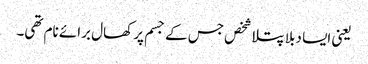
یعنی ایسا دبلا پتلا شخص جس کے جسم پر کھال برائے نام تھی۔